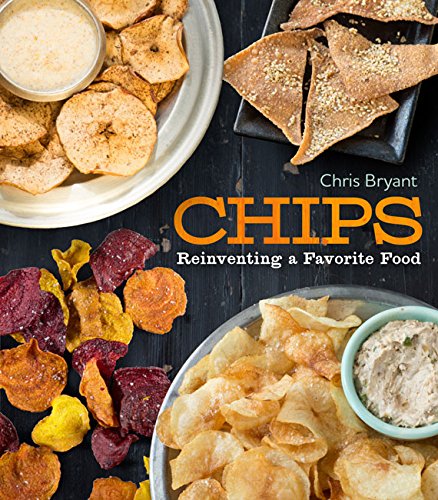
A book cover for CHIPS: Reinventing A Favorite Food; Chris Bryant; Cookbooks, Food & Wine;